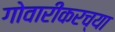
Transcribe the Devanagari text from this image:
गोवारीकरच्या